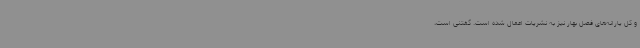
و کل یارانه‌های فصل بهار نیز به نشریات اعمال شده ‌است. گفتنی است،